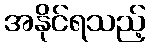
အနိုင်ရသည့်